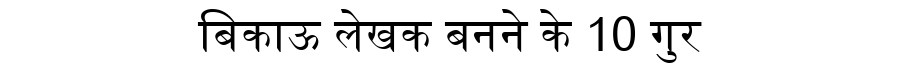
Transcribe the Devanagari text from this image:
बिकाऊ लेखक बनने के 10 गुर